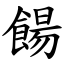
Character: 餳